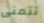
تتمنى